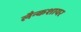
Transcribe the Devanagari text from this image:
लैन्कशायर